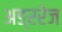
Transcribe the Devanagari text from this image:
अङ्ररेज